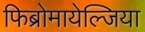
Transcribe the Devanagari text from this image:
फिब्रोमायेल्जिया